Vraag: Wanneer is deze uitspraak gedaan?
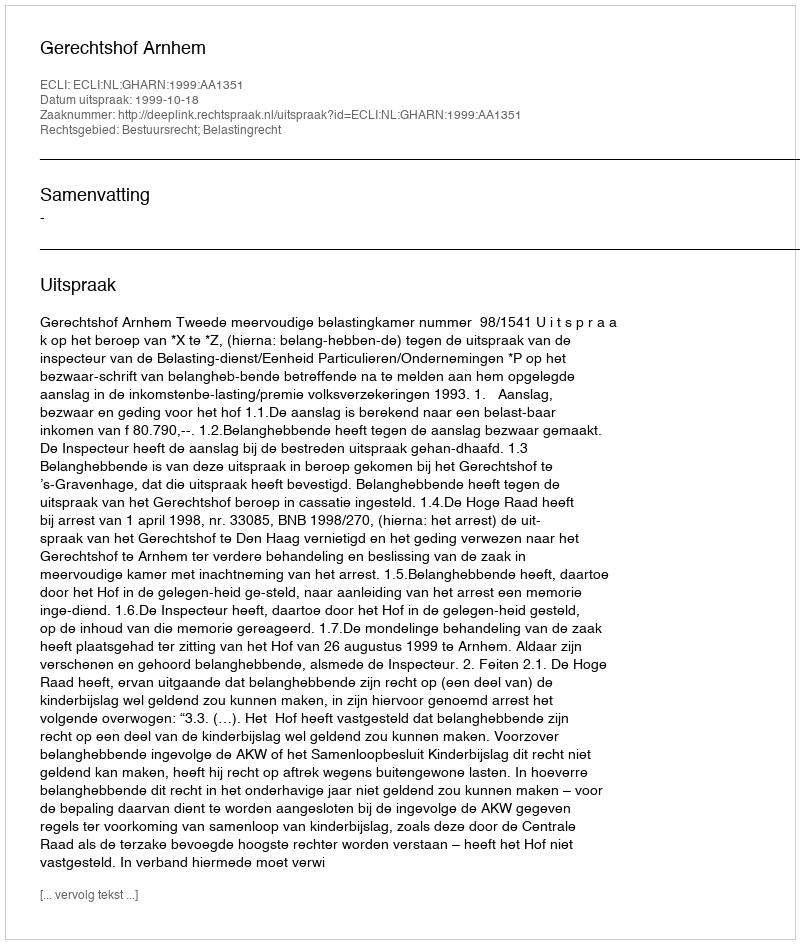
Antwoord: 1999-10-18